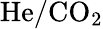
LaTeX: \mathrm{He/CO_{2}}